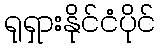
ရုရှားနိုင်ငံပိုင်